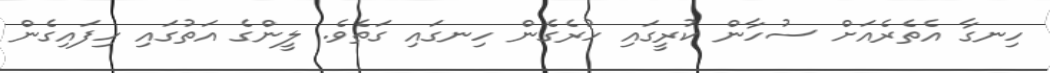
ހިނގާ އެތެރެއަށް ސުހާން ކުރީގައި ހުރެގެން ހިނގައި ގަތެވެ. ލީންގެ އަތުގައި ހިފައިގެން